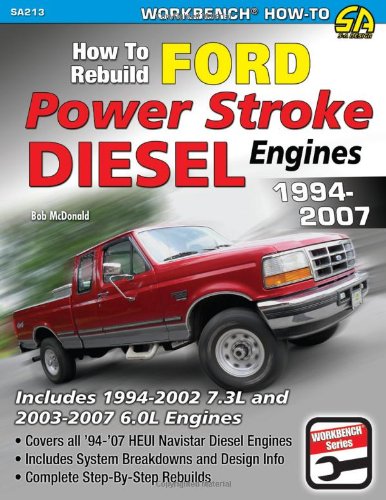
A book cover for How to Rebuild Ford Power Stroke Diesel Engines 1994-2007 (Workbench How to); Bob McDonald; Engineering & Transportation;